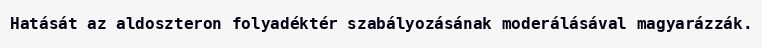
Hatását az aldoszteron folyadéktér szabályozásának moderálásával magyarázzák.